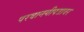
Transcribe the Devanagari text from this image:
परवानगीपत्रावर